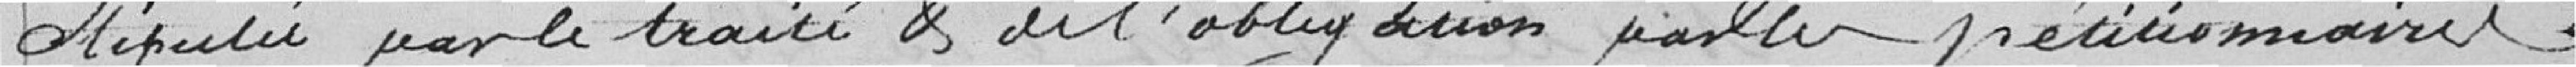
stipulée par le traité et de l'obligation pour les pétionnaires